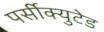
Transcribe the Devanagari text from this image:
पर्सीक्युटेड